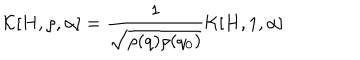
{ \cal K } [ H , \rho , \alpha ] = \frac { 1 } { \sqrt { \rho ( q ) \rho ( q _ { 0 } ) } } { \cal K } [ H , 1 , \alpha ]